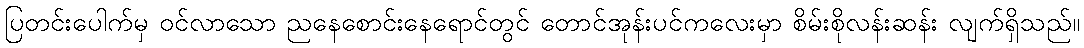
ပြတင်းပေါက်မှ ဝင်လာသော ညနေစောင်းနေရောင်တွင် တောင်အုန်းပင်ကလေးမှာ စိမ်းစိုလန်းဆန်း လျက်ရှိသည်။